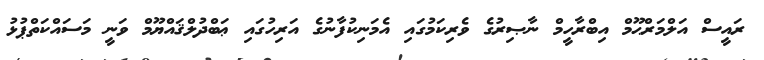
ރައީސް އަލްމަރްޙޫމް އިބްރާހީމް ނާޞިރުގެ ވެރިކަމުގައި އެމަނިކުފާނުގެ އަރިހުގައި ޢަބްދުލްޤައްޔޫމް ވަނީ މަސައްކަތްޕުޅު